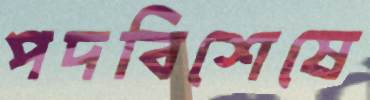
পদবিশেষে